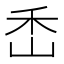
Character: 㟀